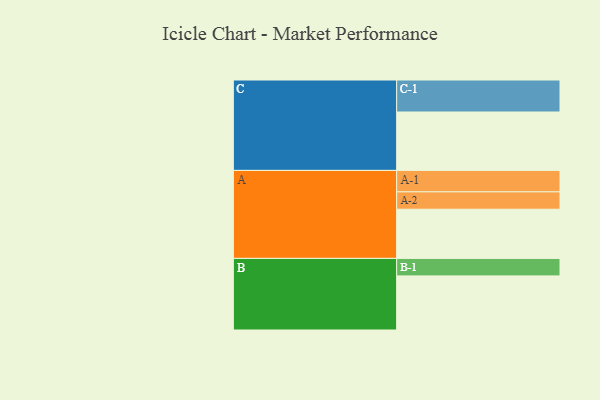
{"axis": {"x": "Segment", "y": "Value"}, "legend": ["", "A", "B", "C"], "data": [{"x": "A", "y": 447, "type": ""}, {"x": "B", "y": 492, "type": ""}, {"x": "C", "y": 531, "type": ""}, {"x": "A-1", "y": 195, "type": "A"}, {"x": "A-2", "y": 158, "type": "A"}, {"x": "B-1", "y": 159, "type": "B"}, {"x": "C-1", "y": 291, "type": "C"}]}